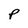
Character: P